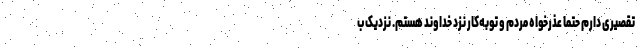
تقصیری دارم حتما عذرخواه مردم و توبه‌کار نزد خداوند هستم. نزدیک ب